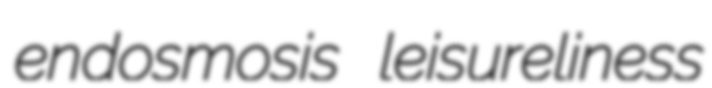
endosmosis leisureliness